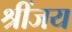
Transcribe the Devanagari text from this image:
श्रींजय